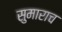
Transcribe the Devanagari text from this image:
सुमाराच